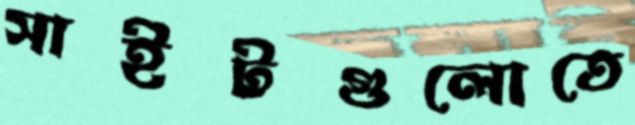
সাইটগুলোতে